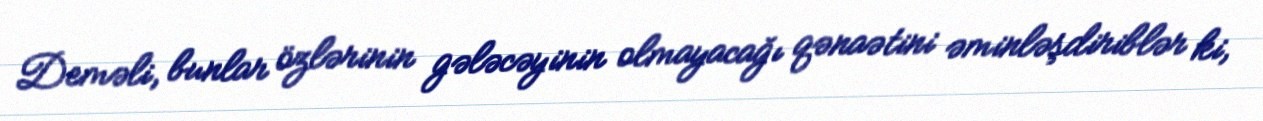
Deməli, bunlar özlərinin gələcəyinin olmayacağı qənaətini əminləşdiriblər ki,